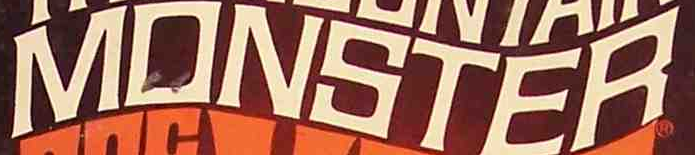
MONSTER